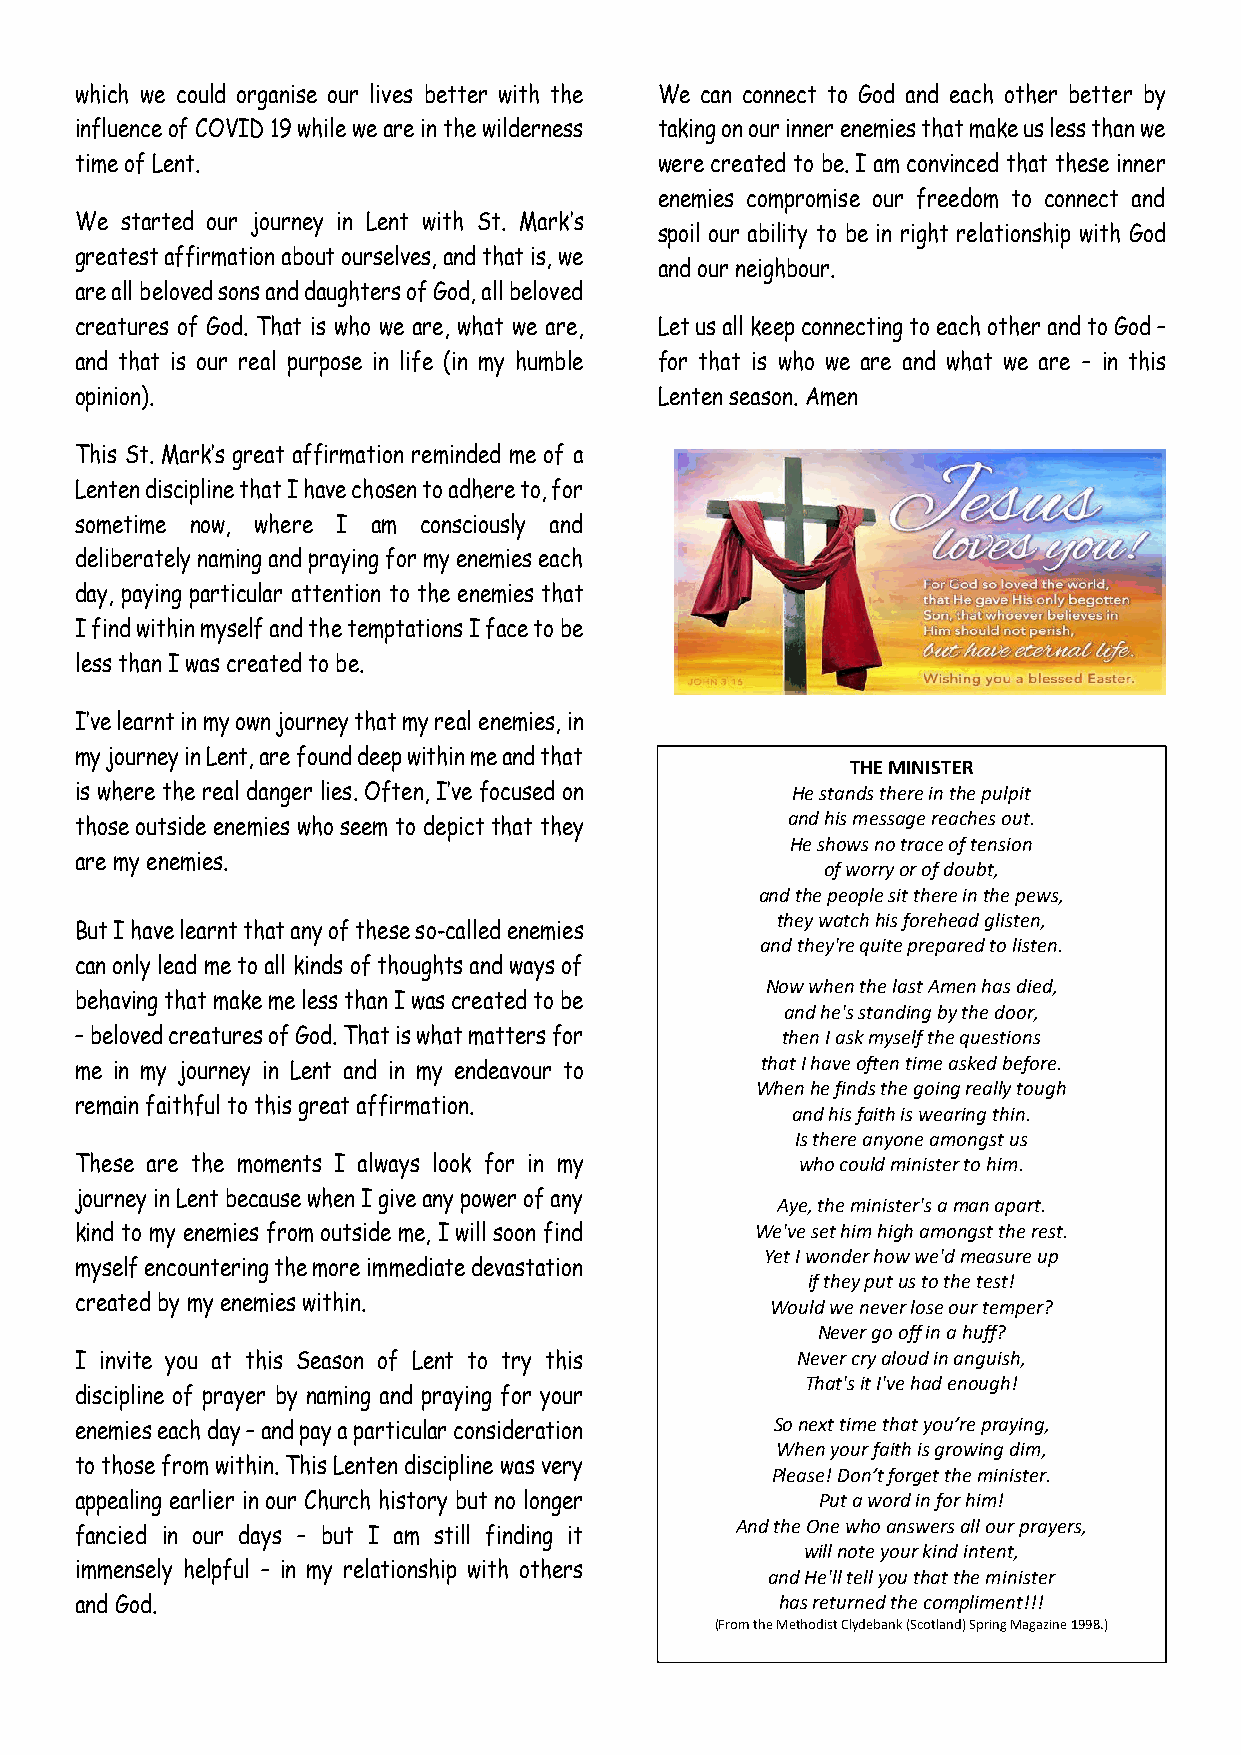
which we could organise our lives better with the We can connect to God and each other better by
 influence of COVID 19 while we are in the wilderness taking on our inner enemies that make us less than we
 time of Lent.                          were created to be. I am convinced that these inner
 enemies compromise our freedom to connect and
 We started our journey in Lent with St. Mark’s
 spoil our ability to be in right relationship with God
 greatest affirmation about ourselves, and that is, we
 and our neighbour.
 are all beloved sons and daughters of God, all beloved
 creatures of God. That is who we are, what we are, Let us all keep connecting to each other and to God –
 and that is our real purpose in life (in my humble for that is who we are and what we are – in this
 opinion).                              Lenten season. Amen
 This St. Mark’s great affirmation reminded me of a
 Lenten discipline that I have chosen to adhere to, for
 sometime now, where I am consciously and
 deliberately naming and praying for my enemies each
 day, paying particular attention to the enemies that
 I find within myself and the temptations I face to be
 less than I was created to be.
 I’ve learnt in my own journey that my real enemies, in
 my journey in Lent, are found deep within me and that
 THE MINISTER
 is where the real danger lies. Often, I’ve focused on He stands there in the pulpit
 and his message reaches out.
 those outside enemies who seem to depict that they
 He shows no trace of tension
 are my enemies.
 of worry or of doubt,
 and the people sit there in the pews,
 they watch his forehead glisten,
 But I have learnt that any of these so-called enemies
 and they're quite prepared to listen.
 can only lead me to all kinds of thoughts and ways of
 Now when the last Amen has died,
 behaving that make me less than I was created to be
 and he's standing by the door,
 – beloved creatures of God. That is what matters for then I ask myself the questions
 that I have often time asked before.
 me in my journey in Lent and in my endeavour to
 When he finds the going really tough
 remain faithful to this great affirmation.
 and his faith is wearing thin.
 Is there anyone amongst us
 These are the moments I always look for in my   who could minister to him.
 journey in Lent because when I give any power of any
 Aye, the minister's a man apart.
 kind to my enemies from outside me, I will soon find We've set him high amongst the rest.
 Yet I wonder how we'd measure up
 myself encountering the more immediate devastation
 if they put us to the test!
 created by my enemies within.                 Would we never lose our temper?
 Never go off in a huff?
 I invite you at this Season of Lent to try this Never cry aloud in anguish,
 That's it I've had enough!
 discipline of prayer by naming and praying for your
 enemies each day – and pay a particular consideration So next time that you’re praying,
 When your faith is growing dim,
 to those from within. This Lenten discipline was very
 Please! Don’t forget the minister.
 appealing earlier in our Church history but no longer Put a word in for him!
 And the One who answers all our prayers,
 fancied in our days – but I am still finding it
 will note your kind intent,
 immensely helpful – in my relationship with others
 and He'll tell you that the minister
 and God.                                       has returned the compliment!!!
 (From the Methodist Clydebank (Scotland) Spring Magazine 1998.)